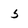
Character: 5